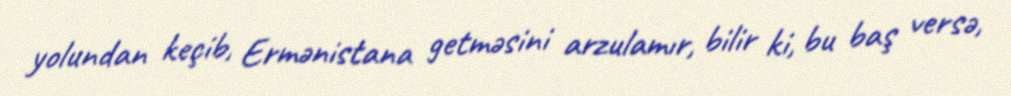
yolundan keçib, Ermənistana getməsini arzulamır, bilir ki, bu baş versə,